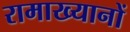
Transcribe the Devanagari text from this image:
रामाख्यानों